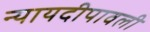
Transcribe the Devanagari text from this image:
न्यायदीपावली